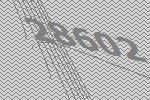
28602